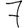
Digit: 7